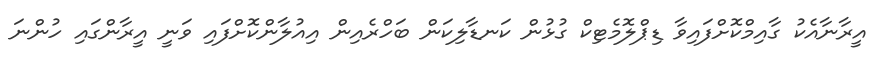
އީރާނާއެކު ގާއިމްކޮށްފައިވާ ޑިޕްލޮމެޓިކް ގުޅުން ކަނޑާލިކަން ބަހްރެއިން އިއުލާންކޮށްފައި ވަނީ އީރާންގައި ހުންނަ